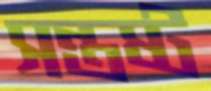
সন্তষ্ট